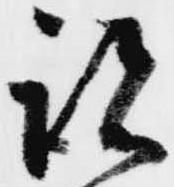
跡